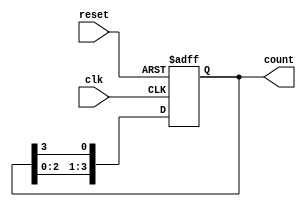
module synchronous_ring_counter #(parameter N = 4) (
    input wire clk,        // Clock signal
    input wire reset,      // Asynchronous reset signal
    output reg [N-1:0] count // Output state of the counter
);

// Initial state
initial begin
    count = 1'b1; // Set the first flip-flop to '1' and others to '0'
end

// Sequential logic for the ring counter
always @(posedge clk or posedge reset) begin
    if (reset) begin
        count <= 1'b1; // Reset to the initial state (1 followed by N-1 zeros)
    end else begin
        count <= {count[N-2:0], count[N-1]}; // Shift left and wrap around
    end
end

endmodule